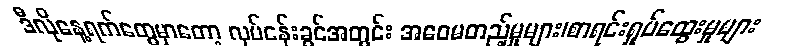
ဒီလိုနေ့ရက်တွေမှာတော့ လုပ်ငန်းခွင်အတွင်း အဝေမတည့်မှုများ၊စာရင်းရှုပ်ထွေးမှုများ